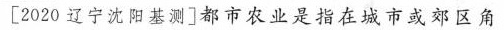
[2020 辽宁沈阳基测]都市农业是指在城市或郊区角